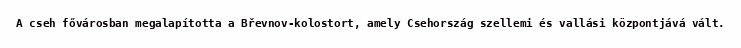
A cseh fővárosban megalapította a Břevnov-kolostort, amely Csehország szellemi és vallási központjává vált.